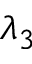
\lambda _ { 3 }